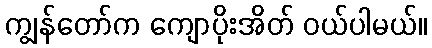
ကျွန်တော်က ကျောပိုးအိတ် ဝယ်ပါမယ်။